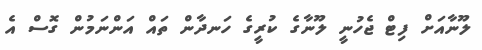
ލޫނާއަށް ފިޓް ޖެހުނީ ލޫނާގެ ކުރީގެ ހަނދާން ތައް އަންނަމުން ގޮސް އެ